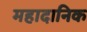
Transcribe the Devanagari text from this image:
महादानिक